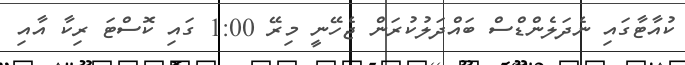
ކުއާޓާގައި ނެދަލެންޑްސް ބައްދަލުކުރަން ޖެހޭނީ މިރޭ 1:00 ގައި ކޮސްޓަ ރިކާ އާއި